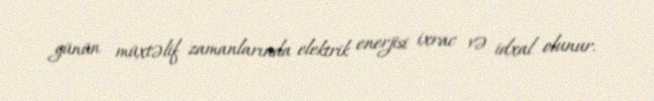
günün müxtəlif zamanlarında elektrik enerjisi ixrac və idxal olunur.